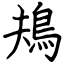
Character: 鳺